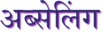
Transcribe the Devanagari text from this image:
अब्सेलिंग